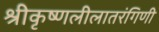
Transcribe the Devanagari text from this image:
श्रीकृष्णलीलातरंगिणी